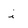
Character: i